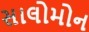
સાલોમોન